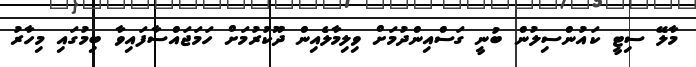
މާލޭ ސިޓީ ކައުންސިލުން ބުނީ ގަސްއިންދުމަށް ވިލިމާލެއިން ދޫކުރުމަށް ހަމަޖައްސާފައިވާ ބިމުގައި މިހާރު